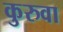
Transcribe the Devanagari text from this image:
कुरुवा